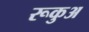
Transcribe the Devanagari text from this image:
रूकुअ